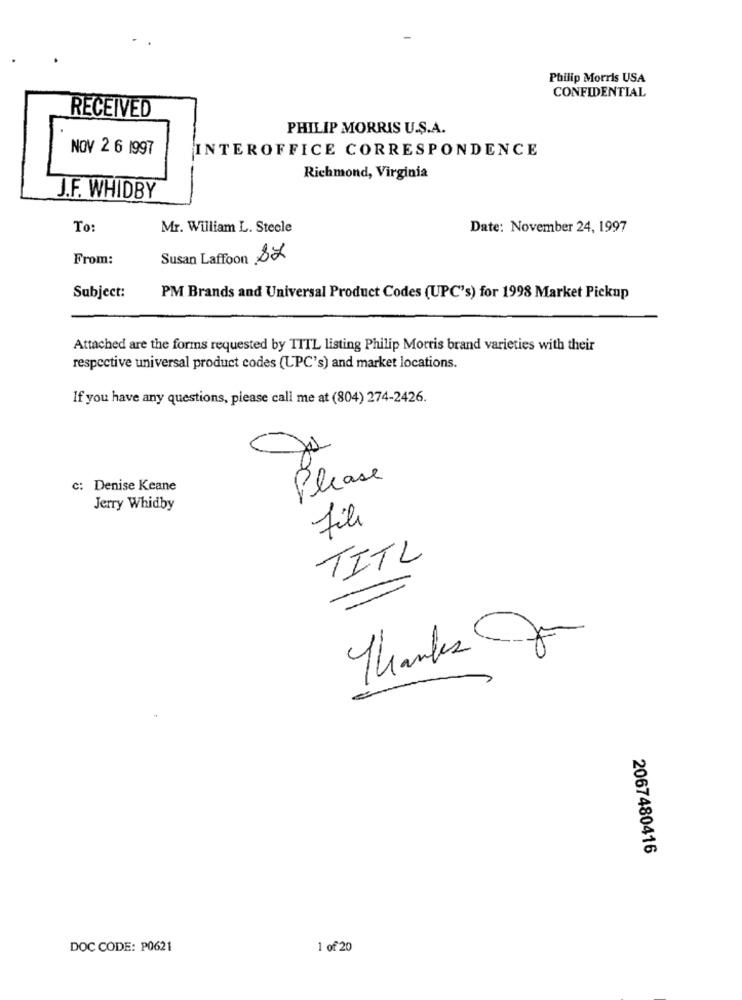
Philip Morris USA
CONFIDENTIAL
RECEIVED
PHILIP MORRIS U.S.A.
NOV 2 6 1997
INTEROFFICE CORRESPONDENCE
Richmond, Virginia
J.F. WHIDBY
To:
Mr. William L. Stecle
Date: November 24, 1997
From:
Susan Laffoon SZ
Subject:
PM Brands and Universal Product Codes (UPC's) for 1998 Market Pickup
Attached are the forms requested by TITL listing Philip Morris brand varieties with their
respective universal product codes (LPC's) and market locations.
If you have any questions, please call me at (804) 274-2426.
Ju
Please
c: Denise Keane
Jerry Whidby
file
TITL
Thanks for
2067480416
DOC CODE: P0621
1 of 20